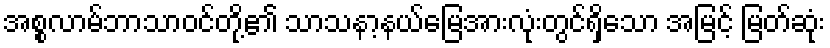
အစ္စလာမ်ဘာသာဝင်တို့၏ သာသနာ့နယ်မြေအားလုံးတွင်ရှိသော အမြင့် မြတ်ဆုံး